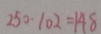
2 5 0 - 1 0 2 = 1 4 8